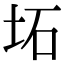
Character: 坧